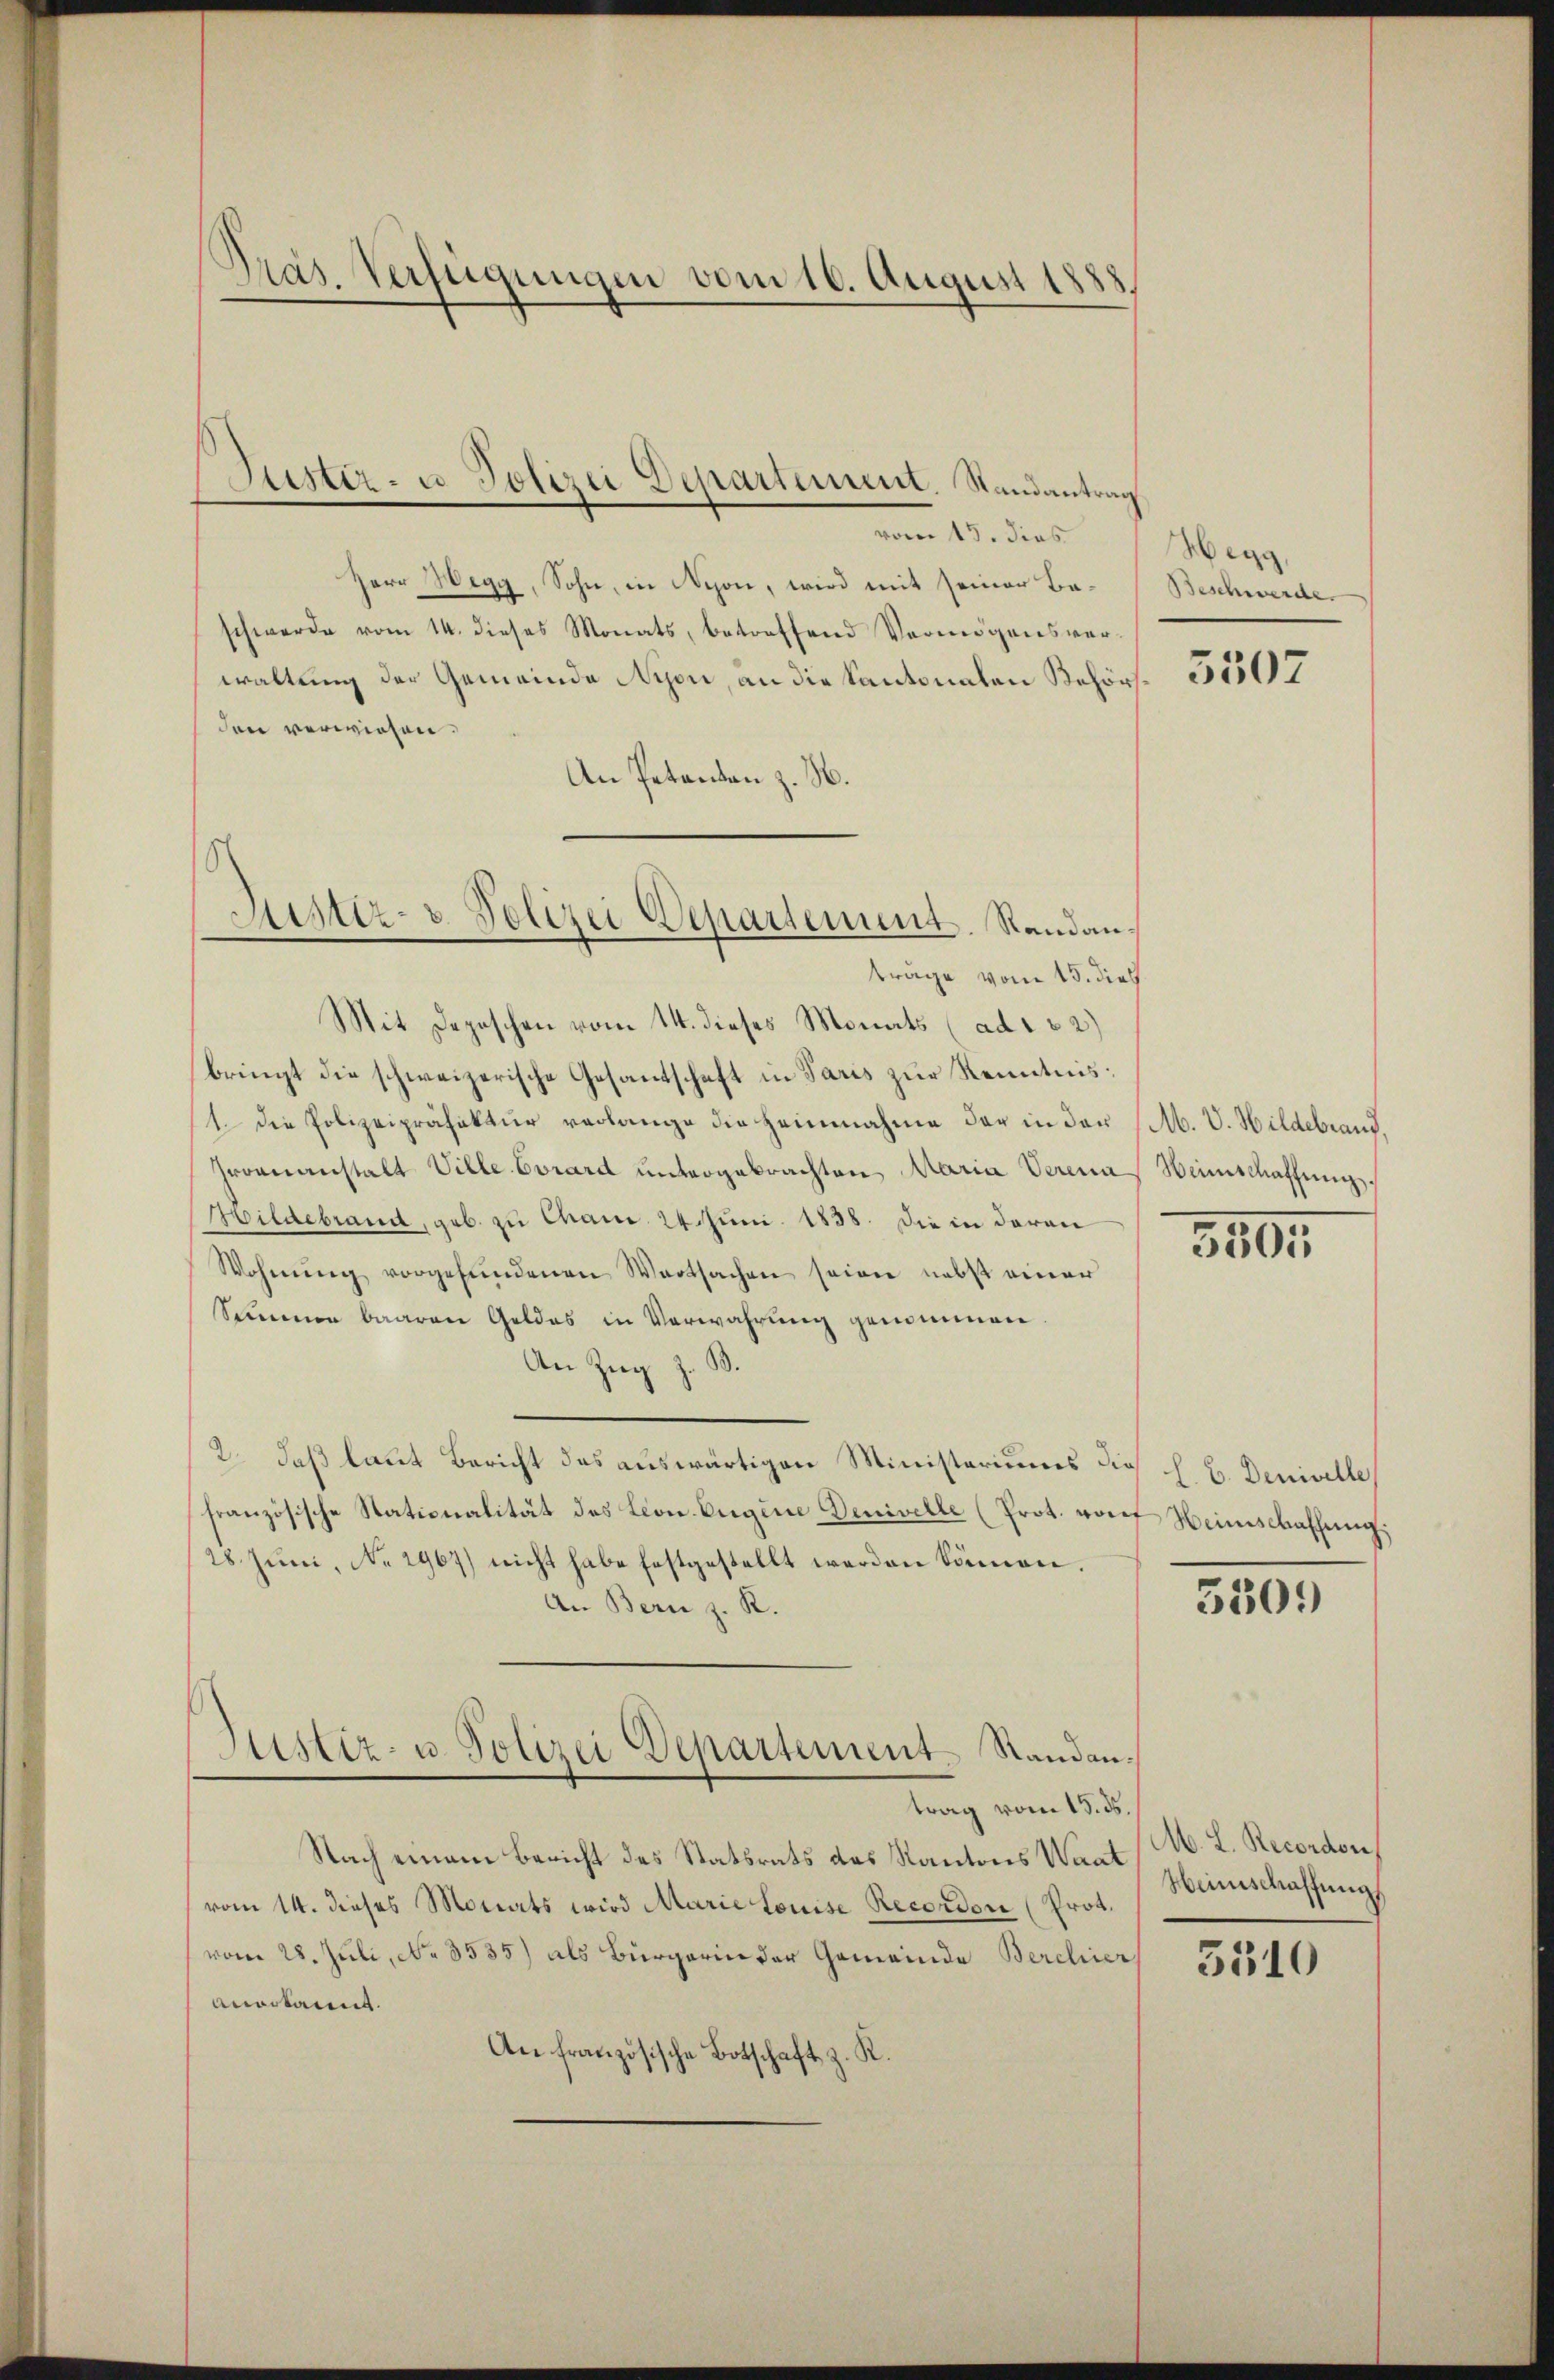
Präs. Verfügungen vom 16. August 1888

vom 15. dies
Herr Wegg, Sohn, in Nyon, wird mit seiner Beschwerde vom 14. dieses Monats, betreffend Vermögensverwaltung der Gemeinde Nyon, an die Kantonalen Behörsden verwiesen.
An Petenten z. B.
Mit Depeschen vom 14. dieses Monats (ad 1 2)
bringt die schweizerische Gesandschaft in Paris zŭr Kenntnis¬
1. Die Polizeipräfektur verlange die Heimnahme der in der (M. V. Hildebrand,
Gromnanstalt Ville Corard untergebrachten Maria Verena
Wildebrand, geb. zu Cham 24. Juni 1838. Die in daran
Wohnŭng vorgefŭndenen Wartsachen seiner nebst einer
Simmen baaren Geldes in Verwahrung genommen
An Zug z. B.
2. daß laut Bericht das auswärtigen Ministeriums dies h. B. Denivelle
französische Stationalität des Leon. Eugine Denivelle (Prot. Dorf Weinschaffung,
28. Jŭni No 2967) nicht habe festgestellt werden können.
An Bern z. R.
Justiz- u. Polizei Departement. Standantrag vom 15. ds.
Nach einem Bericht des Statsrats des Kantons Waat N. K. Recordon
vom 14. dieses Motiats wird Marie Louise Recordon (Prot.
vom 28. Juli, No. 3535) als Bürgerin der Gemeinde Berchier
anerkannt.
An französische Botschaft z. R.

Stistiz- u. Polizei Departement. Randantrag

Justiz- & Polizei Departement. Randanträge vom 15. dies

Wegg
Beschwerde.

5507

Weinschaffŭng.

350.

5509

Heinschaffung

3510